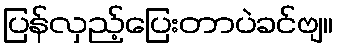
ပြန်လှည့်ပြေးတာပဲခင်ဗျ။